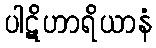
ပါဋိဟာရိယာနံ